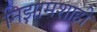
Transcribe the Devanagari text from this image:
निझामशाही